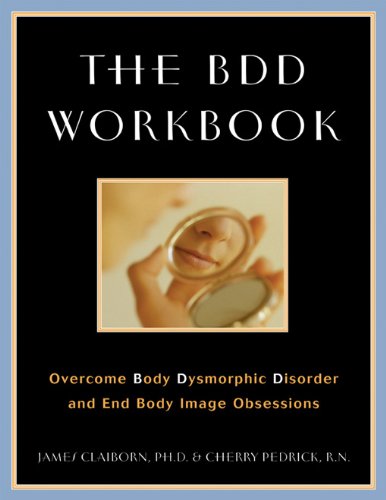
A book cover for The BDD Workbook: Overcome Body Dysmorphic Disorder and End Body Image Obsessions; James Claiborn; Self-Help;